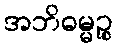
အဘိဓမ္မဉ္စ